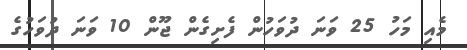
މެއި މަހު 25 ވަނަ ދުވަހުން ފެށިގެން ޖޫން 10 ވަނަ ދުވަހުގެ